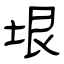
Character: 垠